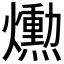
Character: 𤑛